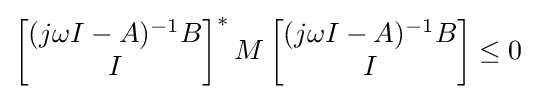
\left[{\begin{matrix}(j\omega I-A)^{-1}B\\I\end{matrix}}\right]^{*}M\left[{\begin{matrix}(j\omega I-A)^{-1}B\\I\end{matrix}}\right]\leq 0